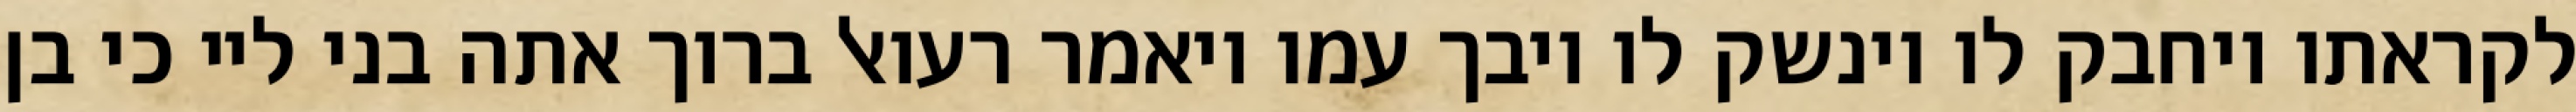
לקראתו ויחבק לו וינשק לו ויבך עמו ויאמר רעואל ברוך אתה בני ליי כי בן